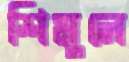
শিমুলে